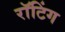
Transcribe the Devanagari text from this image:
रॉटिंग